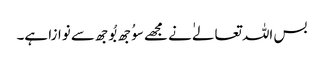
بس اللہ تعالےٰ نے مجھے سوُجھ بُوجھ سے نوازا ہے۔